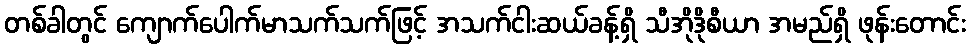
တစ်ခါတွင် ကျောက်ပေါက်မာသက်သက်ဖြင့် အသက်ငါးဆယ်ခန့်ရှိ သီအိုဒိုစီယာ အမည်ရှိ ဖုန်းတောင်း